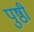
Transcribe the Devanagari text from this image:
पुष्ठी